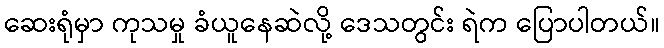
ဆေးရုံမှာ ကုသမှု ခံယူနေဆဲလို့ ဒေသတွင်း ရဲက ပြောပါတယ်။